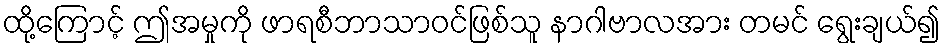
ထို့ကြောင့် ဤအမှုကို ဖာရစီဘာသာဝင်ဖြစ်သူ နာဂါဗာလအား တမင် ရွေးချယ်၍